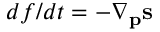
d f / d t = - \nabla _ { \bf p } { \bf s }